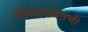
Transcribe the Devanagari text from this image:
गोव्यापर्यंतची